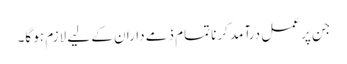
جن پر عمل درآمد کرنا تمام ذمے داران کے لیے لازم ہو گا۔